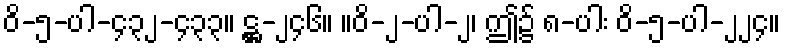
ဝိ-၅-ပါ-၄၃၂-၄၃၃။ ဋ္ဌ-၂၄၆။ ။ဝိ-၂-ပါ-၂၊ ဤ၌ ၈-ပါး ဝိ-၅-ပါ-၂၂၄။